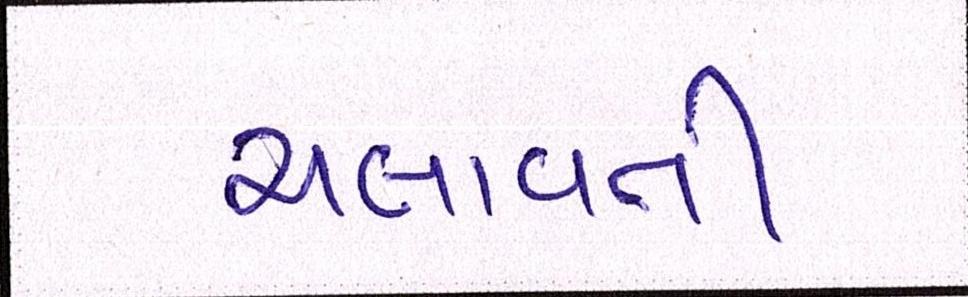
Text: ચલાવતી